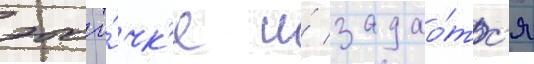
этои то́чк'е и́ задао́тс'я